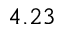
4 . 2 3